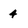
Character: 4